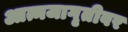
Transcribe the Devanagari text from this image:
आत्मजागृतीवर